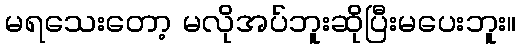
မရသေးတော့ မလိုအပ်ဘူးဆိုပြီးမပေးဘူး။